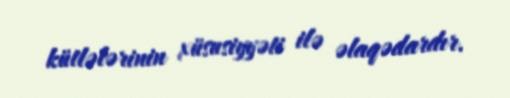
kütlələrinin xüsusiyyəti ilə əlaqədardır.